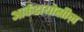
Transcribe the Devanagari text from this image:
आर्कडायोसीज़